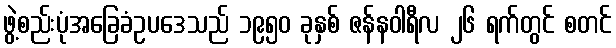
ဖွဲ့စည်းပုံအခြေခံဥပဒေသည် ၁၉၅၀ ခုနှစ် ဇန်နဝါရီလ ၂၆ ရက်တွင် စတင်